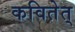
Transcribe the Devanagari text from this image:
कवितेत्